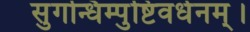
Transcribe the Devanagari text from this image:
सुगन्धिम्पुष्टिवर्धनम्‌।